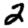
Digit: 2